Investigations on Bengal jail dietaries - Number 37
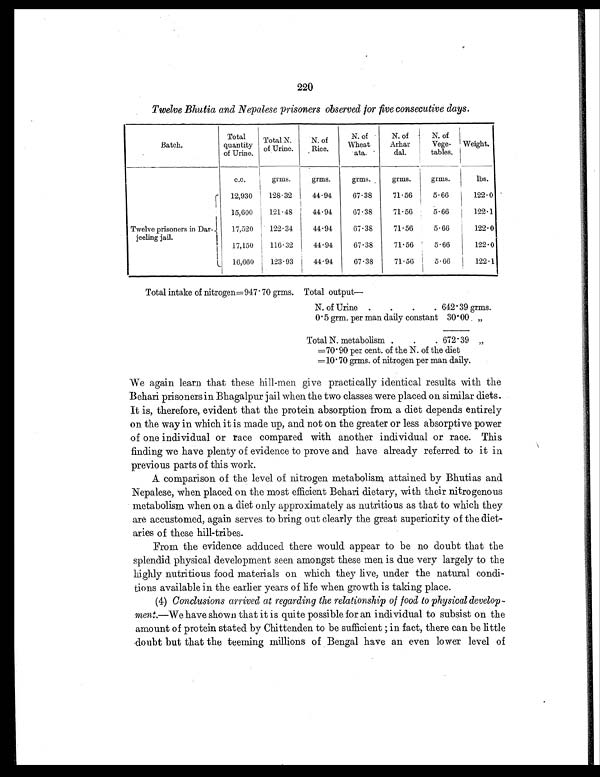
220
Twelve Bhutia and Nepalese prisoners observed for five consecutive days.
Batch.
Total
quantity
of Urine.
Total N.
of Urine.
N. of
Rice.
N. of
Wheat
ata.
N. of
Arhar
dal.
N. of
Vege-
tables.
Weight.
c.c.
grms.
grms.
grms.
grms.
grms.
lbs.
Twelve prisoners in Dar-
jeeling jail.
12,930
128.32
44.94
67.38
71.56
5.66
122.0
15,600
121.48
44.94
67.38
71.56
5.66
122.1
17,520
122.34
44.94
67.38
71.56
5.66
122.0
17,150
116.32
44.94
67.38
71.56
5.66
122.0
16,660
123.93
44.94
67.38
71.56
5.66
122.1
Total intake of nitrogen=947.70 grms. T o t a l o u t p u t —
N. of Urine .
.
.
. 642.39 grms.
0.5 grm. per man daily constant 30.00 „
Total N. metabolism .
.
. 672.39 „
=70.90 per cent. of the N. of the diet
=10.70 grms. of nitrogen per man daily.
We again learn that these hill-men give practically identical results with the
Behari prisoners in Bhagalpur jail when the two classes were placed on similar diets.
It is, therefore, evident that the protein absorption from a diet depends entirely
on the way in which it is made up, and not on the greater or less absorptive power
of one individual or race compared with another individual or race. This
finding we have plenty of evidence to prove and have already referred to it in
previous parts of this work.
A comparison of the level of nitrogen metabolism attained by Bhutias and
Nepalese, when placed on the most efficient Behari dietary, with their nitrogenous
metabolism when on a diet only approximately as nutritious as that to which they
are accustomed, again serves to bring out clearly the great superiority of the diet-
aries of these hill-tribes.
From the evidence adduced there would appear to be no doubt that the
splendid physical development seen amongst these men is due very largely to the
highly nutritious food materials on which they live, under the natural condi-
tions available in the earlier years of life when growth is taking place.
(4) Conclusions arrived at regarding the relationship of food to physical develop-
ment.—We have shown that it is quite possible for an individual to subsist on the
amount of protein stated by Chittenden to be sufficient; in fact, there can be little
doubt but that the teeming millions of Bengal have an even lower level of